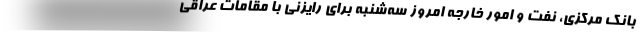
بانک مرکزی، نفت و امور خارجه امروز سه‌شنبه برای رایزنی با مقامات عراقی